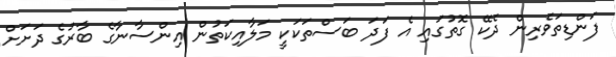
ފަންޑިތަވެރިން ދެކޭ ގޮތުގައި އެ ފަދަ ބަސްތަކަކީ މަލާއިކަތުން އިންސާނާގެ ބާރުގެ ދަށަށް